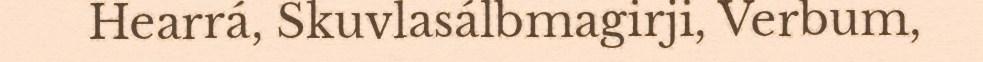
Hearrá, Skuvlasálbmagirji, Verbum,